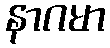
နာဂမာ